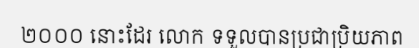
២០០០ នោះដែរ លោក ទទួលបានប្រជាប្រិយភាព